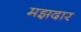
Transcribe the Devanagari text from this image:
मझदार